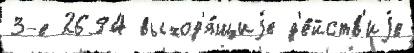
3-е 2694 выход'я́щиjе д'е́йств'иjе